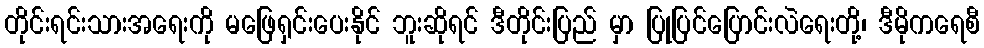
တိုင်းရင်းသားအရေးကို မဖြေရှင်းပေးနိုင် ဘူးဆိုရင် ဒီတိုင်းပြည် မှာ ပြုပြင်ပြောင်းလဲရေးတို့၊ ဒီမိုကရေစီ